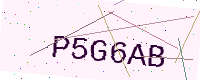
Text: P5G6AB